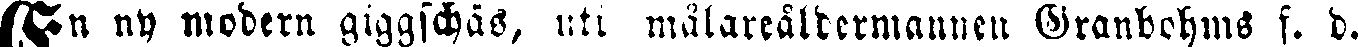
En ny modern giggschäs, uti målareåldermannen Grandohms f. d.